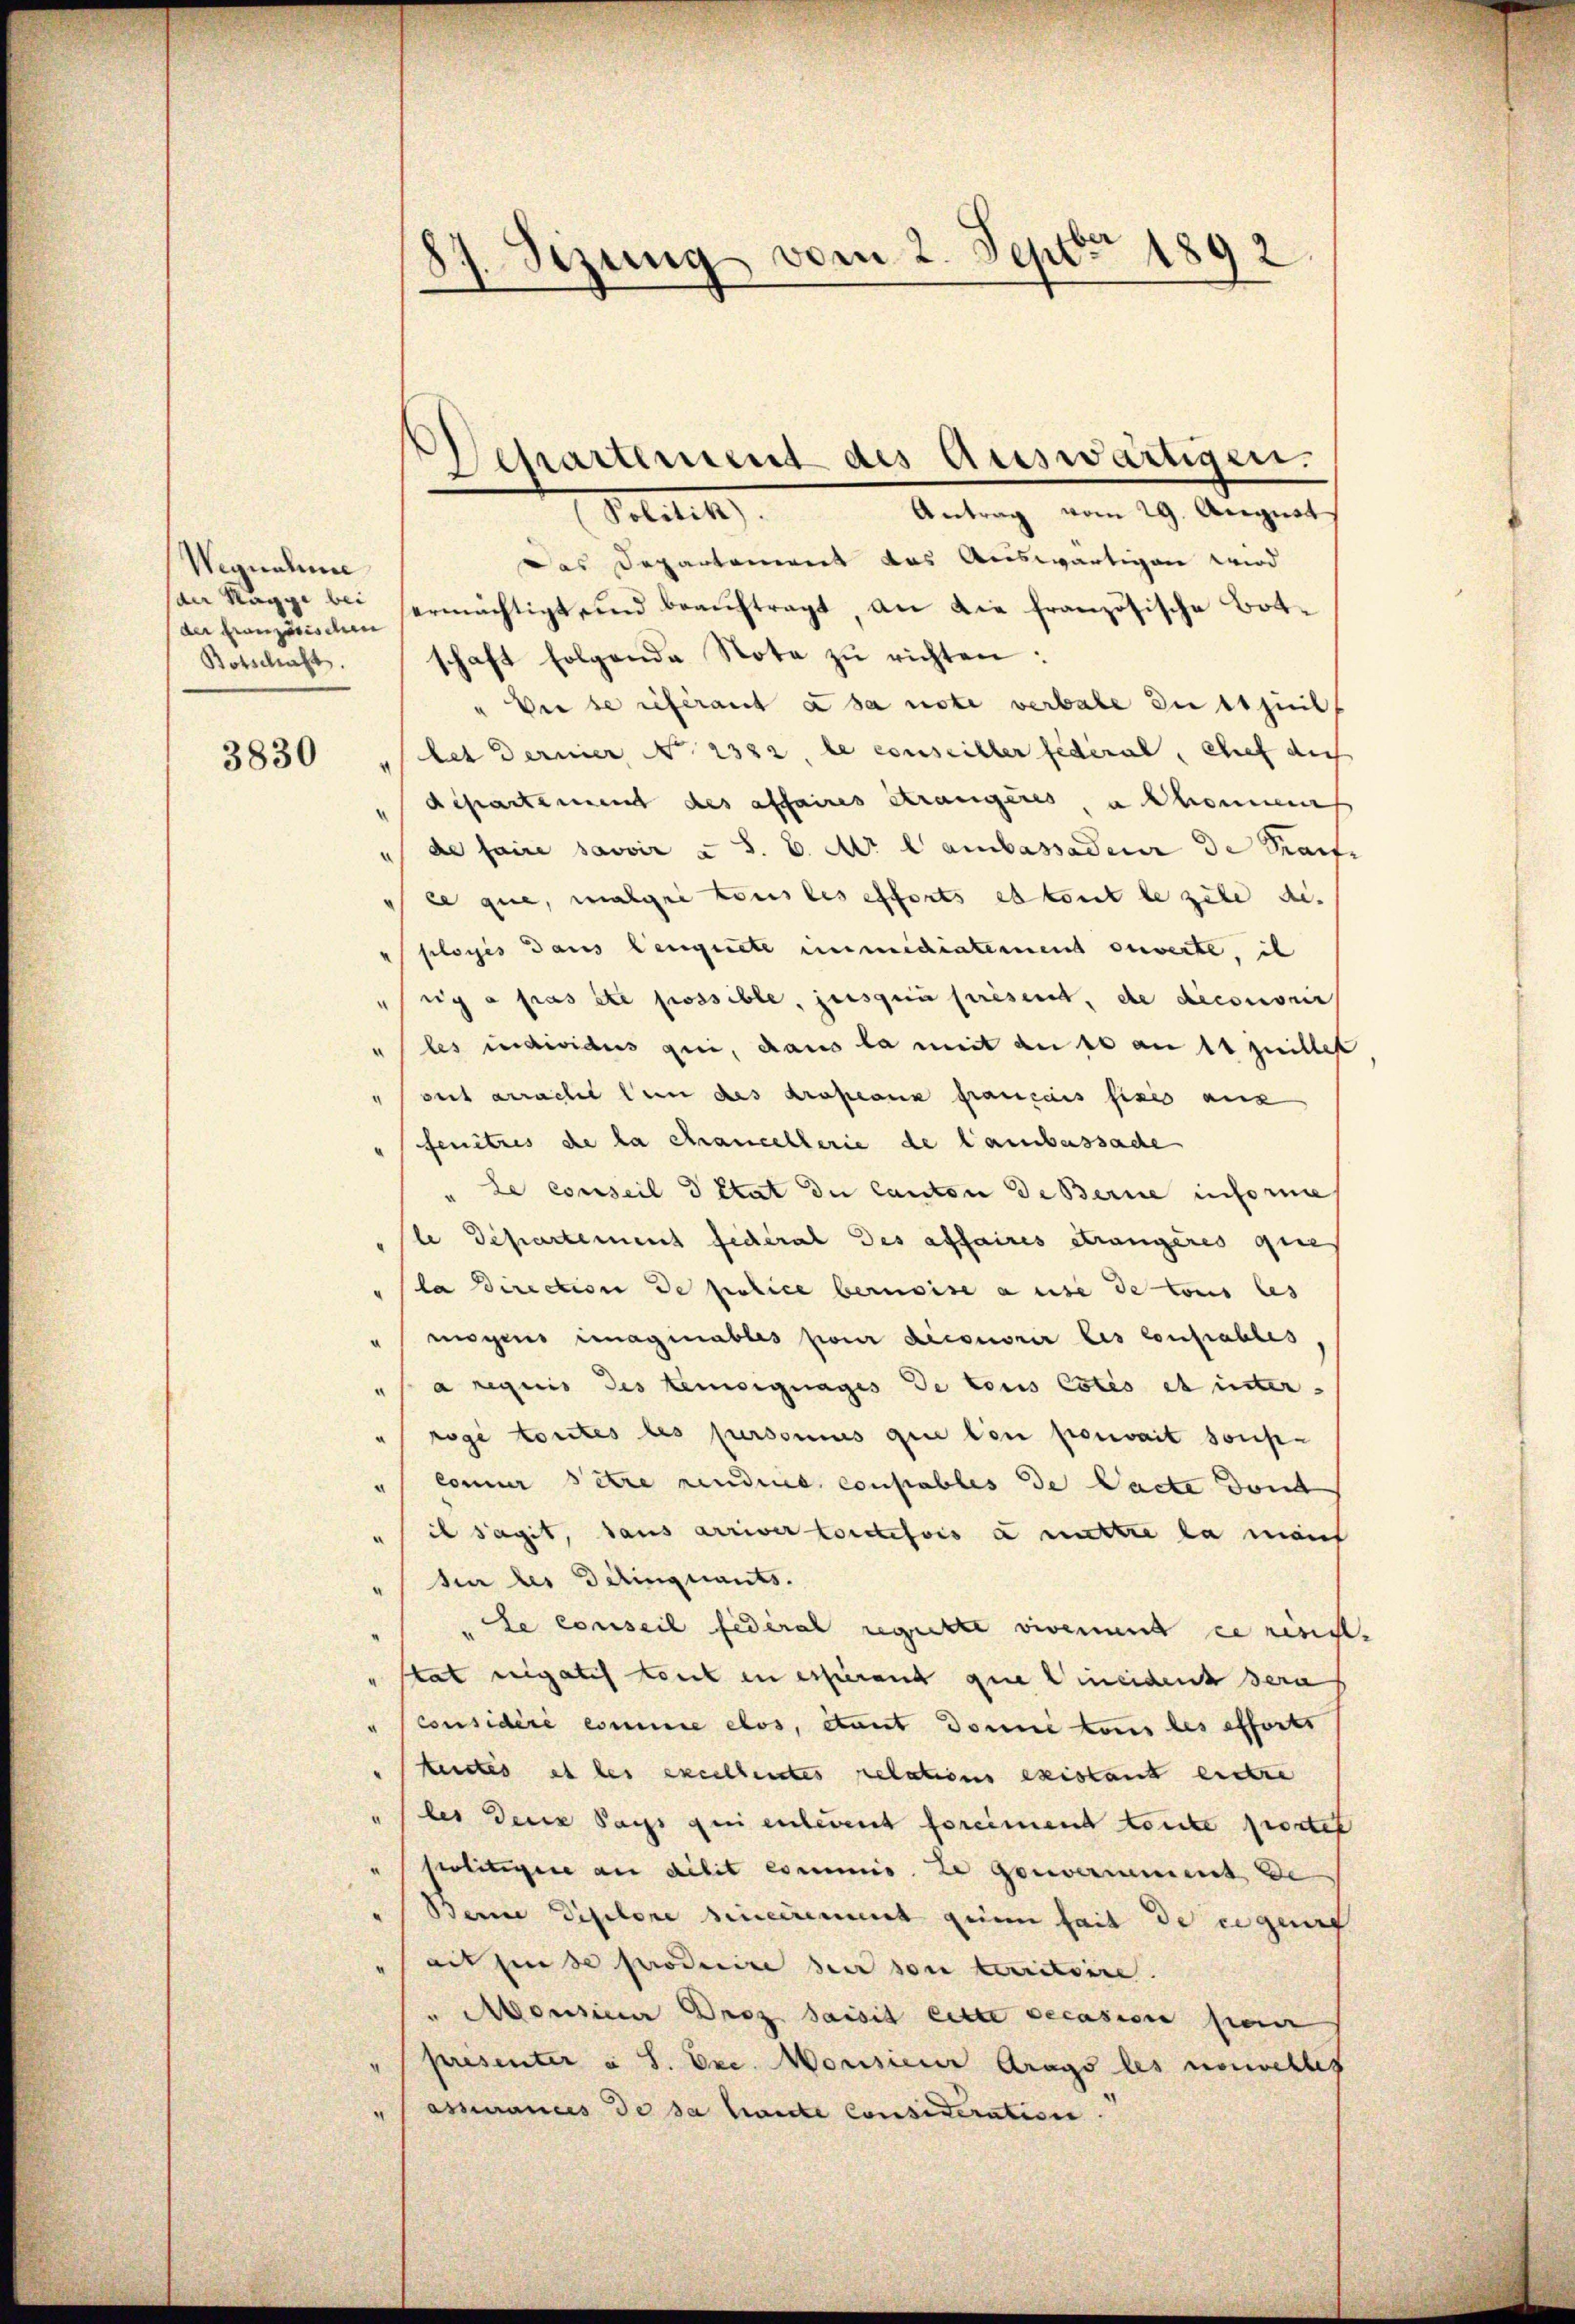
Wegnahme
der Kronzerischen

3830

Antrag vom 29. August
Solitik
Das Departement das Auswärtigen wird
an Rappe bei sermächtigt, und beaŭftragt, an die französische Bot-
Kotschaft. schaft folgende Nota zŭ richten:
" Der se referant à sa note verbale dittheil
let dernier, No. 2322, le conseiller federal, Chef auch
departement des affaires Strangeres abhonnen
de faire savoir u S. C. M. Cambassaden die Kaufe
ce que, malgei tous les efforts et tout le zule dis
ployés dans leugnete immediatement ouverte, ih
uy a pas été possible, jusquia présent, de diconorir
" les individus qui, dans la mit an so an et quillet
out arracht tun des Kropanz français fixes aus
fenitzes de la chancellerie de Lambassade
Le conseil d Etat du Canton de Berne informe
.
le Departement fédéral des affaires Strangères ques
la Direction de police beruoise ause de tous les
" mögens maginables pour diconorir les contrables,
" a requis des Lemoignages de tous Cotis et inter-
"rogé toutes les pursomus que lon pouvait sons-
"Conner Petre rendre consables de Pacte dont
il sagt, dans arriver toutefois a mittre la manch
.
für des Gelinquants.
u
Le conseil fédéral registe viven und ze resist.
" stat negatis tank in erpierent que ineident sera
"considéré comme elos, etaet Donne tous les efforts
kenstes et les excellentes relations existant entre
" des Dein Sais qui entwent forciment toute portet
politigere an Milit commis ze gouvernement de
Beine Diselone hineinement gen fait de ce quart
ait ein de producire der son territoire.
" Monsieur Drez saisit eilte decasione pen
presenter u S. Exc. Monsieur Arags les nouvelles
assances de da haute Consideration.
.

87. Sezung vom 2. Sept 1892.

Departement des Auswärtigen.